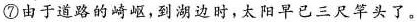
⑦由于道路的崎岖，到湖边时，太阳早已三尺竿头了。